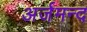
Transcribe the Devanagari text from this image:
अर्जमन्द